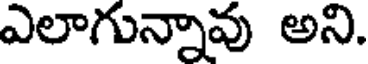
ఎలాగున్నావు అని.